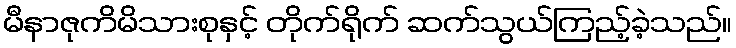
မီနာဇုကိမိသားစုနှင့် တိုက်ရိုက် ဆက်သွယ်ကြည့်ခဲ့သည်။